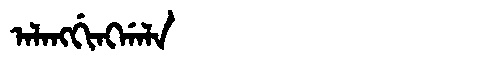
Manchu: ᠠᠯᠠᠩᡤᡳᠩᡤᠠᠯᠠ
Romanization: ALANGGINGGALA